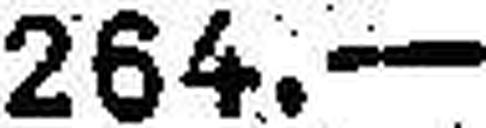
264.—